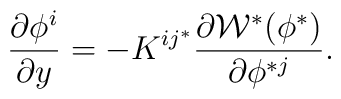
{\partial \phi^i \over \partial y} =-K^{ i j^*} \frac{\partial {\cal W}^*(\phi^*)}{ \partial \phi^{*j}}.